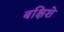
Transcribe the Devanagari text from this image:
बक्षिशे